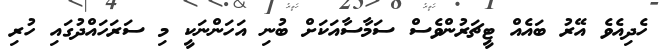
ހެދިއެވެ އޭރު ބައެއް ޓީޗަރުންވެސް ސަމާސާއަކަށް ބުނި އަހަންނަކީ މި ސަރަހައްދުގައި ހުރި